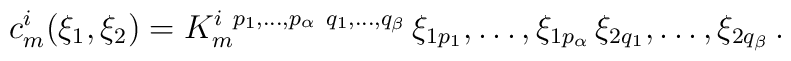
c^i_m(\xi_1,\xi_2)=  K^{i~p_{1}, \ldots , p_\alpha~q_1, \ldots, q_\beta}_m \,  \xi_{1p_1}, \ldots , \xi_{1p_\alpha} \,  \xi_{2q_1}, \ldots , \xi_{2q_\beta} \,.